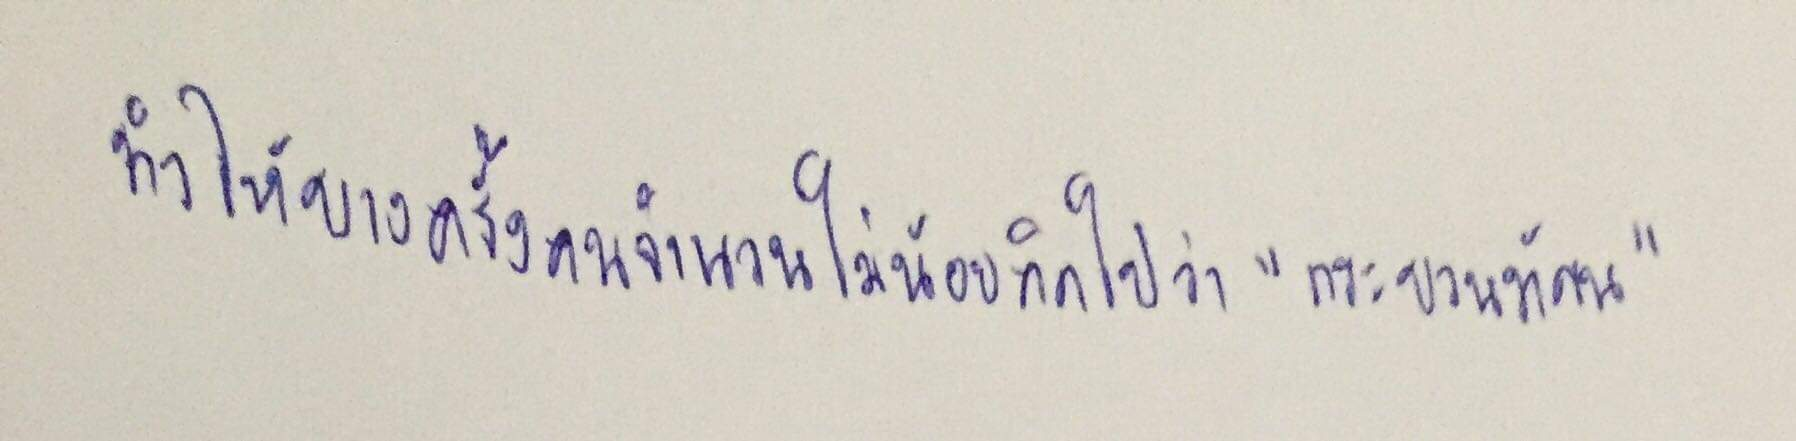
ทำให้บางครั้งคนจำนวนไม่น้อยคิดไปว่า"กระบวนทัศน์"